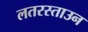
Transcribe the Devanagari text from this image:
लतरस्ताउन